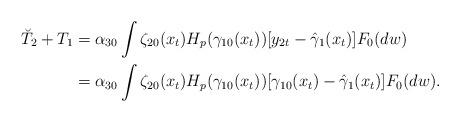
LaTeX: \begin{align*}\breve{T}_{2}+T_{1} & =\alpha_{30}\int\zeta_{20}(x_{t})H_{p}(\gamma_{10}(x_{t}))[y_{2t}-\hat{\gamma}_{1}(x_{t})]F_{0}(dw)\\& =\alpha_{30}\int\zeta_{20}(x_{t})H_{p}(\gamma_{10}(x_{t}))[\gamma_{10}(x_{t})-\hat{\gamma}_{1}(x_{t})]F_{0}(dw).\end{align*}